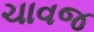
ચાવજ